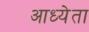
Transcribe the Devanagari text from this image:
आध्येता